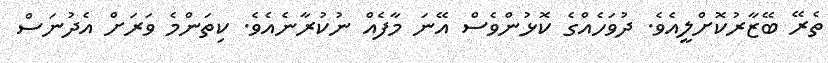
ތެރޭ ބޭޒާރުކޮށްލީއެވެ. ދުވަހެއްގެ ކޮޅުންވެސް އޭނަ މާފެއް ނުކުރާނެއެވެ. ކިތަންމެ ވަރަށް އެދުނަސް